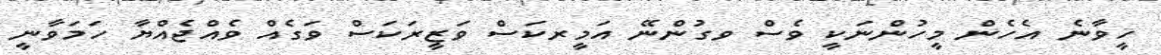
ހީވާނެ އެހެން މީހުންނަކީ ވެސް ވގުންނޭ އަމީރކަސް ވަޒީރަކަސް ވަގެއް ވެއްޖެއްޔާ ހަމަވާނީ